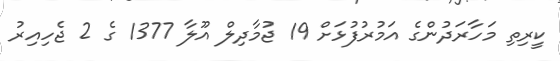
ކީރިތި މަހާރަދުންގެ އަމުރުފުޅަށް 19 ޖުމާދިލް އޫލާ 1377 ގެ 2 ޖެހިއިރު